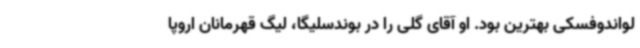
لواندوفسکی بهترین بود. او آقای گلی را در بوندسلیگا، لیگ قهرمانان اروپا